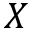
\boldsymbol { X }